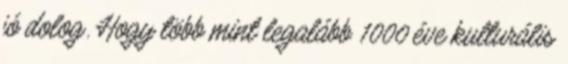
jó dolog. Hogy több mint legalább 1000 éve kulturális